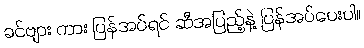
ခင်ဗျား ကား ပြန်အပ်ရင် ဆီအပြည့်နဲ့ ပြန်အပ်ပေးပါ။